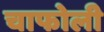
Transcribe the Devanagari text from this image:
चाफोली